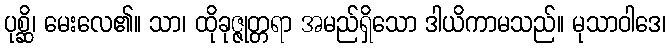
ပုစ္ဆိ၊ မေးလေ၏။ သာ၊ ထိုခုဇ္ဇုတ္တရာ အမည်ရှိသော ဒါယိကာမသည်။ မုသာဝါဒေ၊